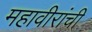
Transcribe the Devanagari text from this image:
महावीरांची